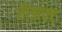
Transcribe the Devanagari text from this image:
रीझल्ट